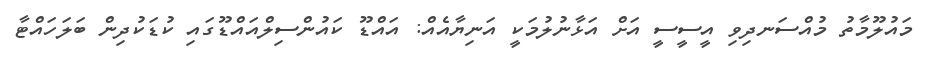
މައުލޫމާތު މުއްސަނދިވި އީސީސީ އަށް އަޅާނުލުމަކީ އަނިޔާއެއް: އައްޑޫ ކައުންސިލްއައްޑޫގައި ކުޑަކުދިން ބަލަހައްޓާ